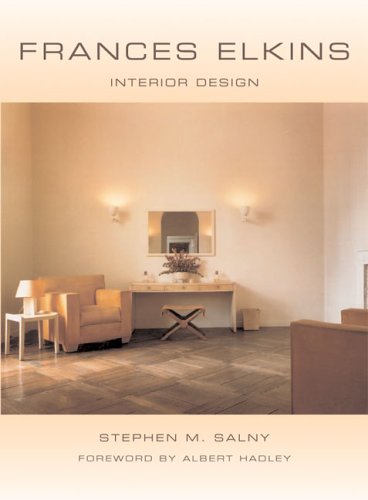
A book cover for Frances Elkins: Interior Design; Stephen M. Salny; Arts & Photography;